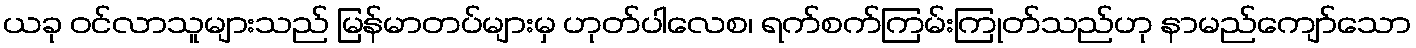
ယခု ဝင်လာသူများသည် မြန်မာတပ်များမှ ဟုတ်ပါလေစ၊ ရက်စက်ကြမ်းကြုတ်သည်ဟု နာမည်ကျော်သော